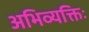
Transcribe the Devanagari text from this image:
अभिव्यक्तिः